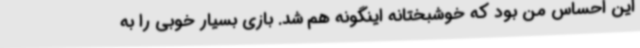
این احساس من بود که خوشبختانه اینگونه هم شد. بازی بسیار خوبی را به